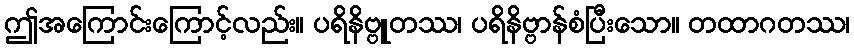
ဤအကြောင်းကြောင့်လည်း။ ပရိနိဗ္ဗူတဿ၊ ပရိနိဗ္ဗာန်စံပြီးသော။ တထာဂတဿ၊